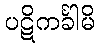
ပဋိကင်္ခါမိ